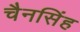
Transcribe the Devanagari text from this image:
चैनसिंह